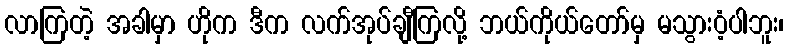
လာကြတဲ့ အခါမှာ ဟိုက ဒီက လက်အုပ်ချီကြလို့ ဘယ်ကိုယ်တော်မှ မသွားဝံ့ပါဘူး၊